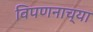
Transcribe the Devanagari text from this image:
विपणनाच्या